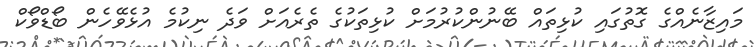
މައިޒާނެއްގެ ގޮތުގައި ކުޅިތައް ބޭނުންކުރުމަށް ކުޅިތަކުގެ ތެރެއަށް ވަދެ ނިކުމެ އުޅެވޭހެން ބޯޑްވޯކް